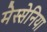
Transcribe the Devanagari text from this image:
मेस्सेनिया